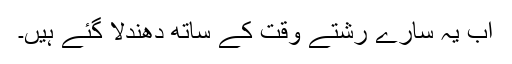
اب یہ سارے رشتے وقت کے ساتھ دھندلا گئے ہیں۔